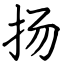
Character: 扬